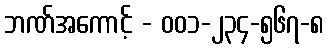
ဘဏ်အကောင့် - ၀၀၁-၂၃၄-၅၆၇-၈